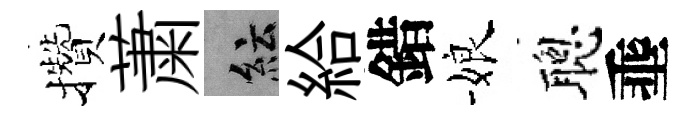
攢䔥紜給錯娘聰埀